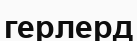
герлерд